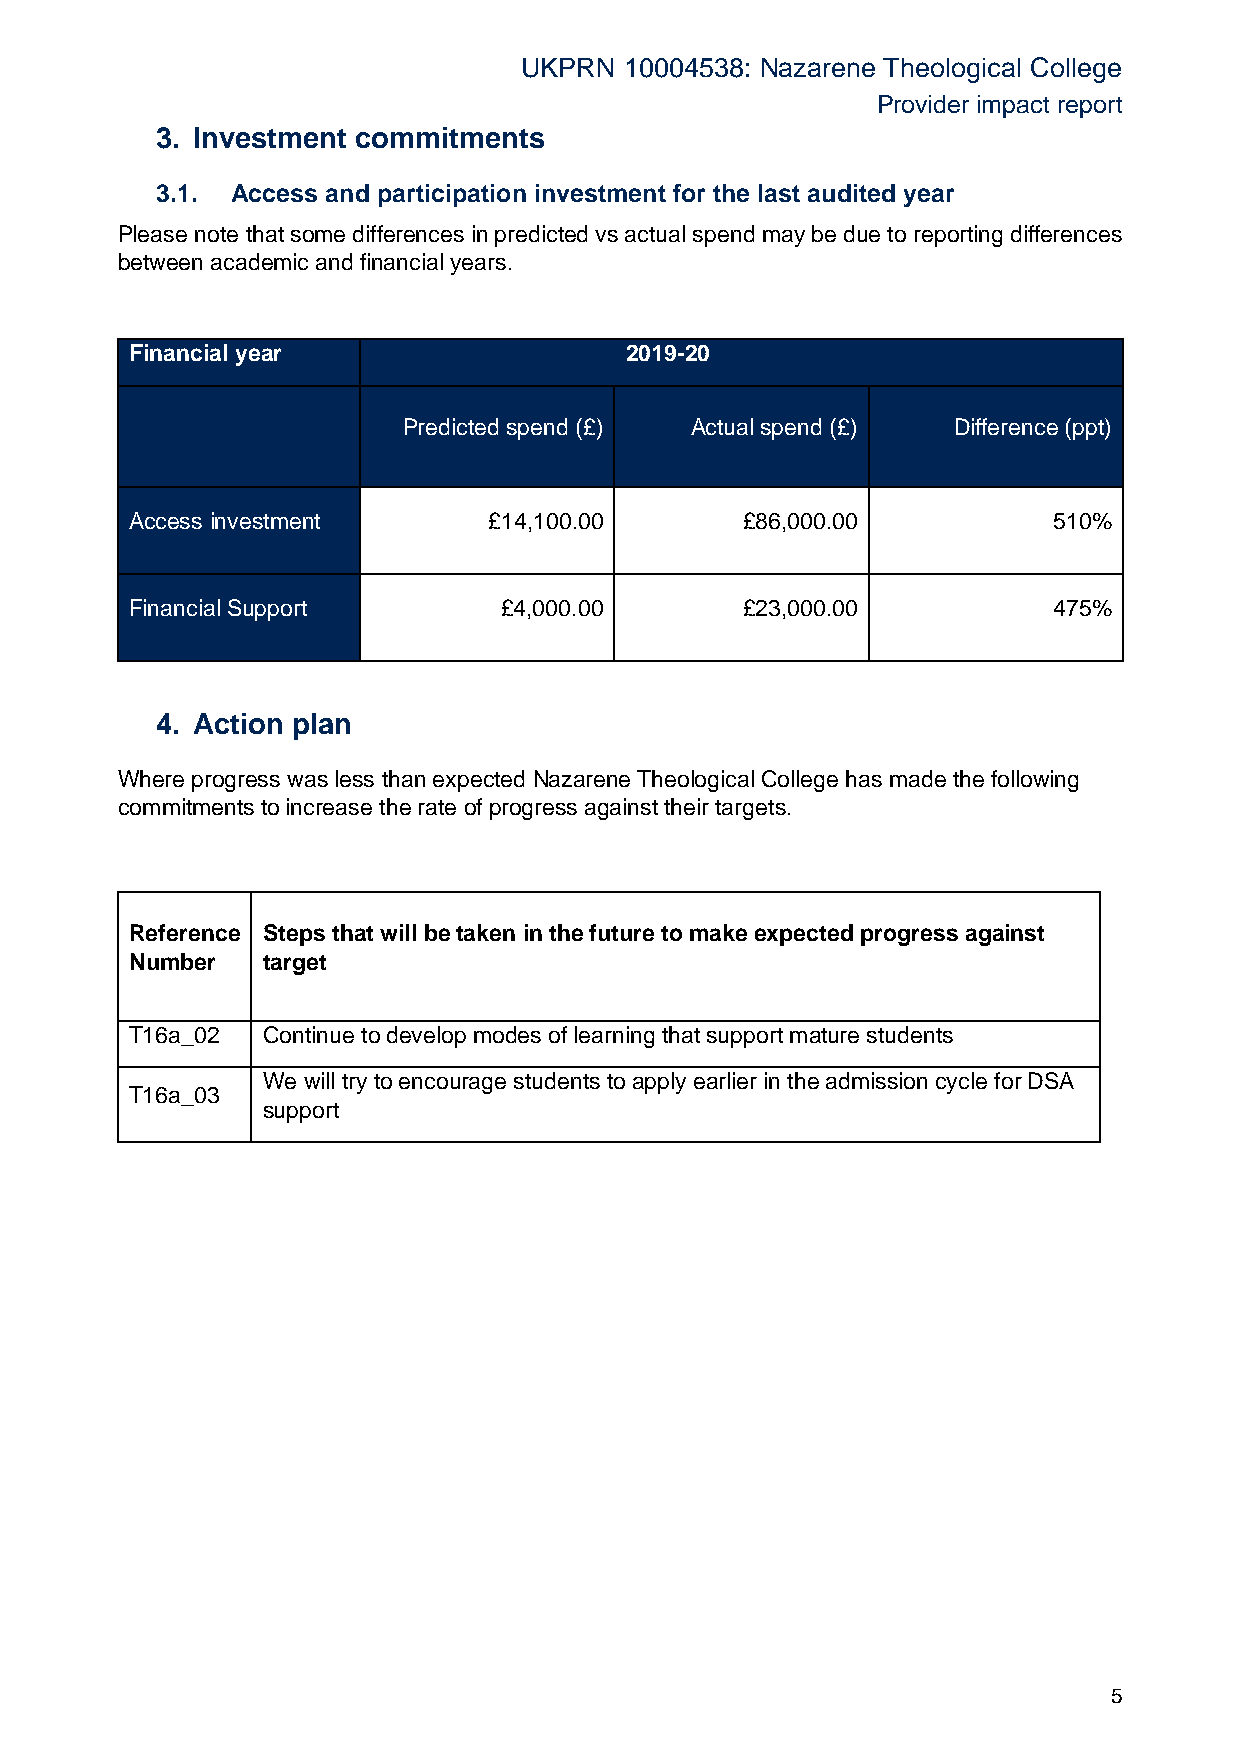
UKPRN 10004538: Nazarene Theological College
 Provider impact report
 3. Investment commitments
 3.1. Access and participation investment for the last audited year
 Please note that some differences in predicted vs actual spend may be due to reporting differences
 between academic and financial years.
 Financial year                  2019-20
 Predicted spend (£) Actual spend (£) Difference (ppt)
 Access investment      £14,100.00       £86,000.00           510%
 Financial Support       £4,000.00       £23,000.00           475%
 4. Action plan
 Where progress was less than expected Nazarene Theological College has made the following
 commitments to increase the rate of progress against their targets.
 Reference Steps that will be taken in the future to make expected progress against
 Number  target
 T16a_02 Continue to develop modes of learning that support mature students
 We will try to encourage students to apply earlier in the admission cycle for DSA
 T16a_03
 support
 5